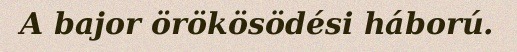
A bajor örökösödési háború.